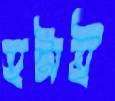
হটাই